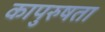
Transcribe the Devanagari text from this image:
कापुरुषता